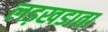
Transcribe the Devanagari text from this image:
लड़खडाता